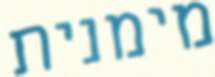
מימנית